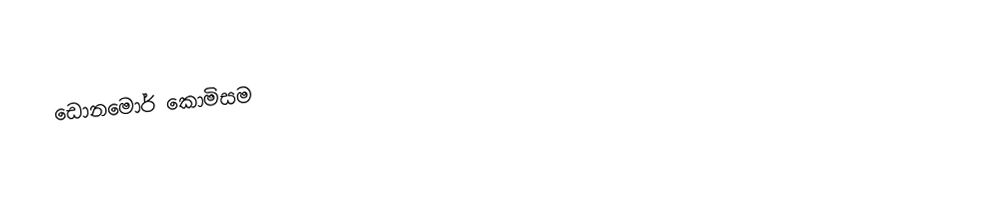
ඩොනමොර් කොමිසම